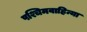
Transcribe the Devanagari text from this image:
पश्चिमवाहिन्या